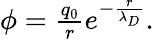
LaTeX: \begin{array}{r}{\phi=\frac{q_{0}}{r}e^{-\frac{r}{\lambda_{D}}}.}\end{array}